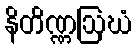
နိတိဏ္ဏဩဃံ